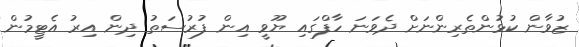
ޒުވާން ކުޅުންތެރިންނަށް ދެވަނަ ހާފްގައި ޔޫވީ އިން ފުރުސަތު ދިން އިރު އެޓީމުން